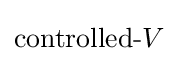
{\text{controlled-}}V